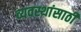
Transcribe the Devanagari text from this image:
व्यवस्थांसाठी